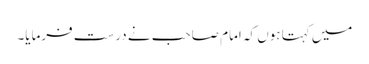
میں کہتا ہوں کہ امام صاحب نے درست فرمایا۔